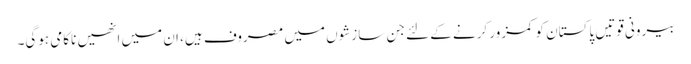
بیرونی قوتیں پاکستان کو کمزور کرنے کے لئے جن سازشوں میں مصروف ہیں، ان میں انھیں ناکامی ہوگی۔